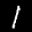
Label: 1